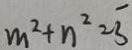
m ^ { 2 } + n ^ { 2 } = \overline { 3 }